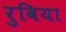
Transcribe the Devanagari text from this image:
रुविया